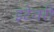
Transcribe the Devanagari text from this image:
इटेवरीं